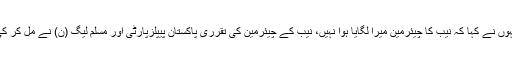
انہوں نے کہا کہ نیب کا چیئرمین میرا لگایا ہوا نہیں، نیب کے چیئرمین کی تقرری پاکستان پیپلزپارٹی اور مسلم لیگ (ن) نے مل کر کی۔